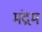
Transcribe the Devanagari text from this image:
मंद्रम